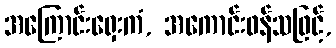
အကြောင်းရှေးကံ, အကောင်းဖန်သဖြင့်,